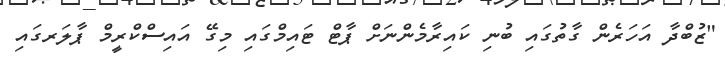
"ޒުބްދާ އަހަރެން ގާތުގައި ބުނި ކައިރާމެންނަށް ޕާޓް ޓައިމްގައި މިގޭ އައިސްކްރީމް ޕާލަރގައި